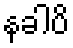
နခါပိ